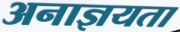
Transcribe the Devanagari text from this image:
अनाज्ञयता